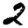
Digit: 2